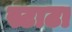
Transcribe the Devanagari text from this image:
स्टाटा